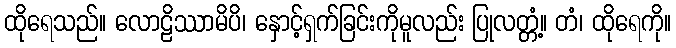
ထိုရေသည်။ လောဠိဿာမိပိ၊ နှောင့်ရှက်ခြင်းကိုမူလည်း ပြုလတ္တံ့။ တံ၊ ထိုရေကို။